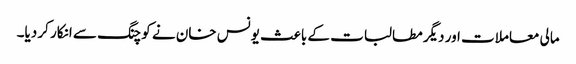
مالی معاملات اور دیگر مطالبات کے باعث یونس خان نے کوچنگ سے انکار کر دیا۔